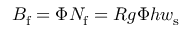
B _ { \mathrm { f } } = \Phi N _ { \mathrm { f } } = R g \Phi h w _ { \mathrm { s } }